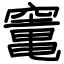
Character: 竃